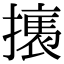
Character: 𢴶